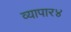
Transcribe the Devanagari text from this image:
व्यापार४